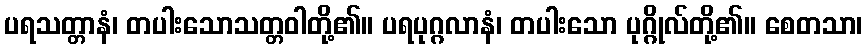
ပရသတ္တာနံ၊ တပါးသောသတ္တဝါတို့၏။ ပရပုဂ္ဂလာနံ၊ တပါးသော ပုဂ္ဂိုလ်တို့၏။ စေတသာ၊